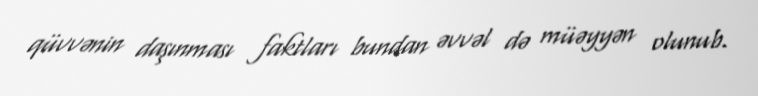
qüvvənin daşınması faktları bundan əvvəl də müəyyən olunub.